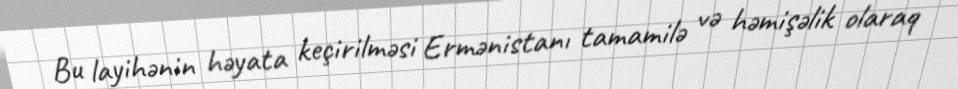
Bu layihənin həyata keçirilməsi Ermənistanı tamamilə və həmişəlik olaraq